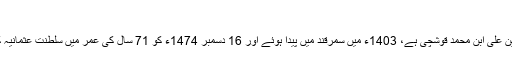
[20]
مولانا علی قوشچی کا اصل نام علاءُ الدین علی ابن محمد قوشچی ہے، 1403ء میں سمرقند میں پیدا ہوئے اور 16 دسمبر 1474ء کو 71 سال کی عمر میں سلطنت عثمانیہ کے دار الخلافہ استنبول میں فوت ہوئے۔